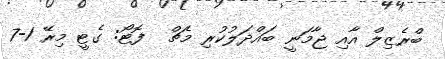
ބްރެޒިލް އާއި ޖާމަނީ ބައްދަލުކުރި މެޗް  ފޮޓޯ: ގެޓީ މިރޭ 1-7